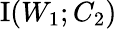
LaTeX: \operatorname{I}(W_{1};C_{2})